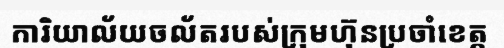
ការិយាល័យចល័តរបស់ក្រុមហ៊ុនប្រចាំខេត្ត